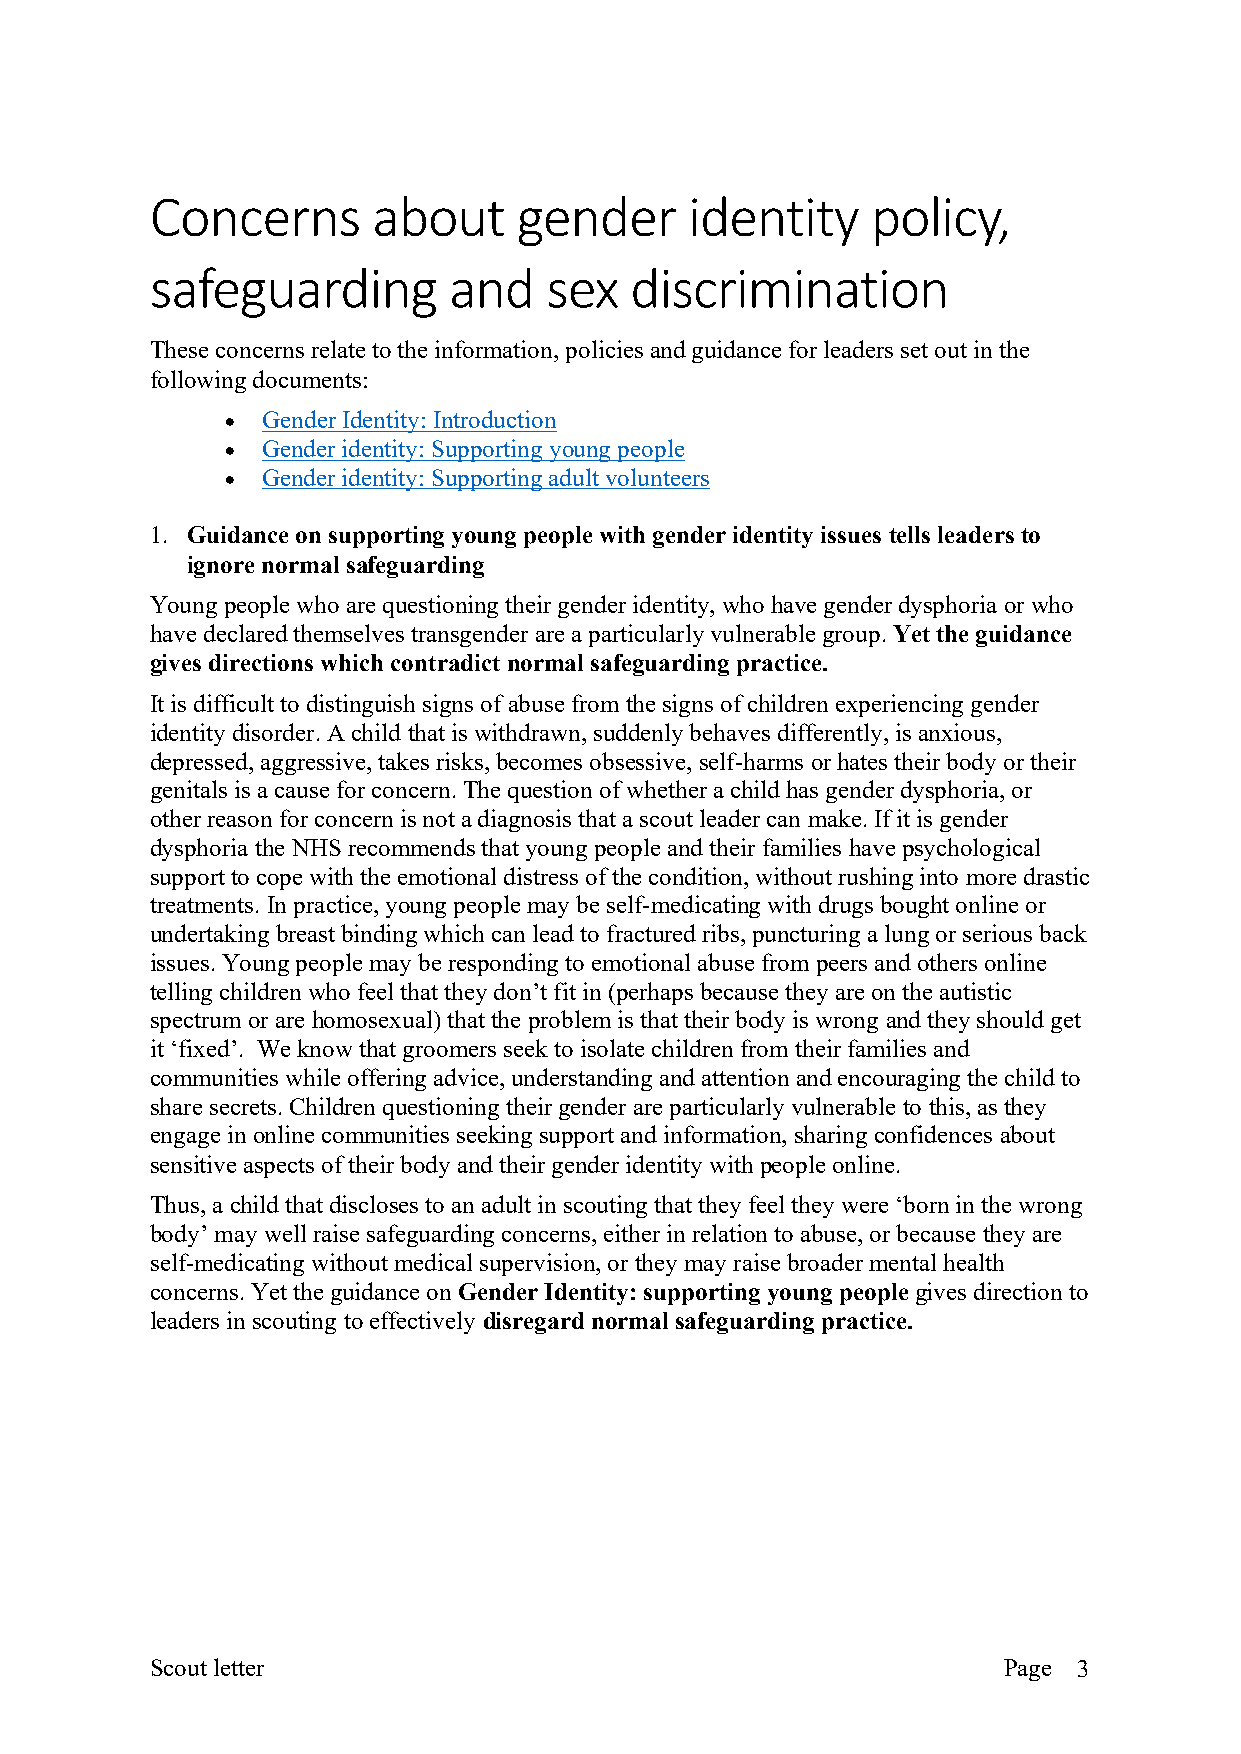
Concerns       about    gender      identity    policy,
 safeguarding        and   sex   discrimination
 These concerns relate to the information, policies and guidance for leaders set out in the
 following documents:
 • Gender Identity: Introduction
 • Gender identity: Supporting young people
 • Gender identity: Supporting adult volunteers
 1. Guidance on supporting young people with gender identity issues tells leaders to
 ignore normal safeguarding
 Young people who are questioning their gender identity, who have gender dysphoria or who
 have declared themselves transgender are a particularly vulnerable group. Yet the guidance
 gives directions which contradict normal safeguarding practice.
 It is difficult to distinguish signs of abuse from the signs of children experiencing gender
 identity disorder. A child that is withdrawn, suddenly behaves differently, is anxious,
 depressed, aggressive, takes risks, becomes obsessive, self-harms or hates their body or their
 genitals is a cause for concern. The question of whether a child has gender dysphoria, or
 other reason for concern is not a diagnosis that a scout leader can make. If it is gender
 dysphoria the NHS recommends that young people and their families have psychological
 support to cope with the emotional distress of the condition, without rushing into more drastic
 treatments. In practice, young people may be self-medicating with drugs bought online or
 undertaking breast binding which can lead to fractured ribs, puncturing a lung or serious back
 issues. Young people may be responding to emotional abuse from peers and others online
 telling children who feel that they don’t fit in (perhaps because they are on the autistic
 spectrum or are homosexual) that the problem is that their body is wrong and they should get
 it ‘fixed’. We know that groomers seek to isolate children from their families and
 communities while offering advice, understanding and attention and encouraging the child to
 share secrets. Children questioning their gender are particularly vulnerable to this, as they
 engage in online communities seeking support and information, sharing confidences about
 sensitive aspects of their body and their gender identity with people online.
 Thus, a child that discloses to an adult in scouting that they feel they were ‘born in the wrong
 body’ may well raise safeguarding concerns, either in relation to abuse, or because they are
 self-medicating without medical supervision, or they may raise broader mental health
 concerns. Yet the guidance on Gender Identity: supporting young people gives direction to
 leaders in scouting to effectively disregard normal safeguarding practice.
 Scout letter                                            Page 3